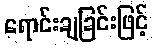
ရောင်းချခြင်းဖြင့်